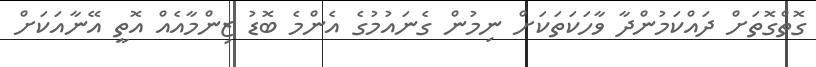
ގޮތްގޮތަށް ދައްކަމުންދާ ވާހަކަތަކަށް ނިމުން ގެނައުމުގެ އެންމެ ބޮޑު ޒިންމާއެއް އޮތީ އޭނާއަކަށް